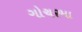
ગોચરમા